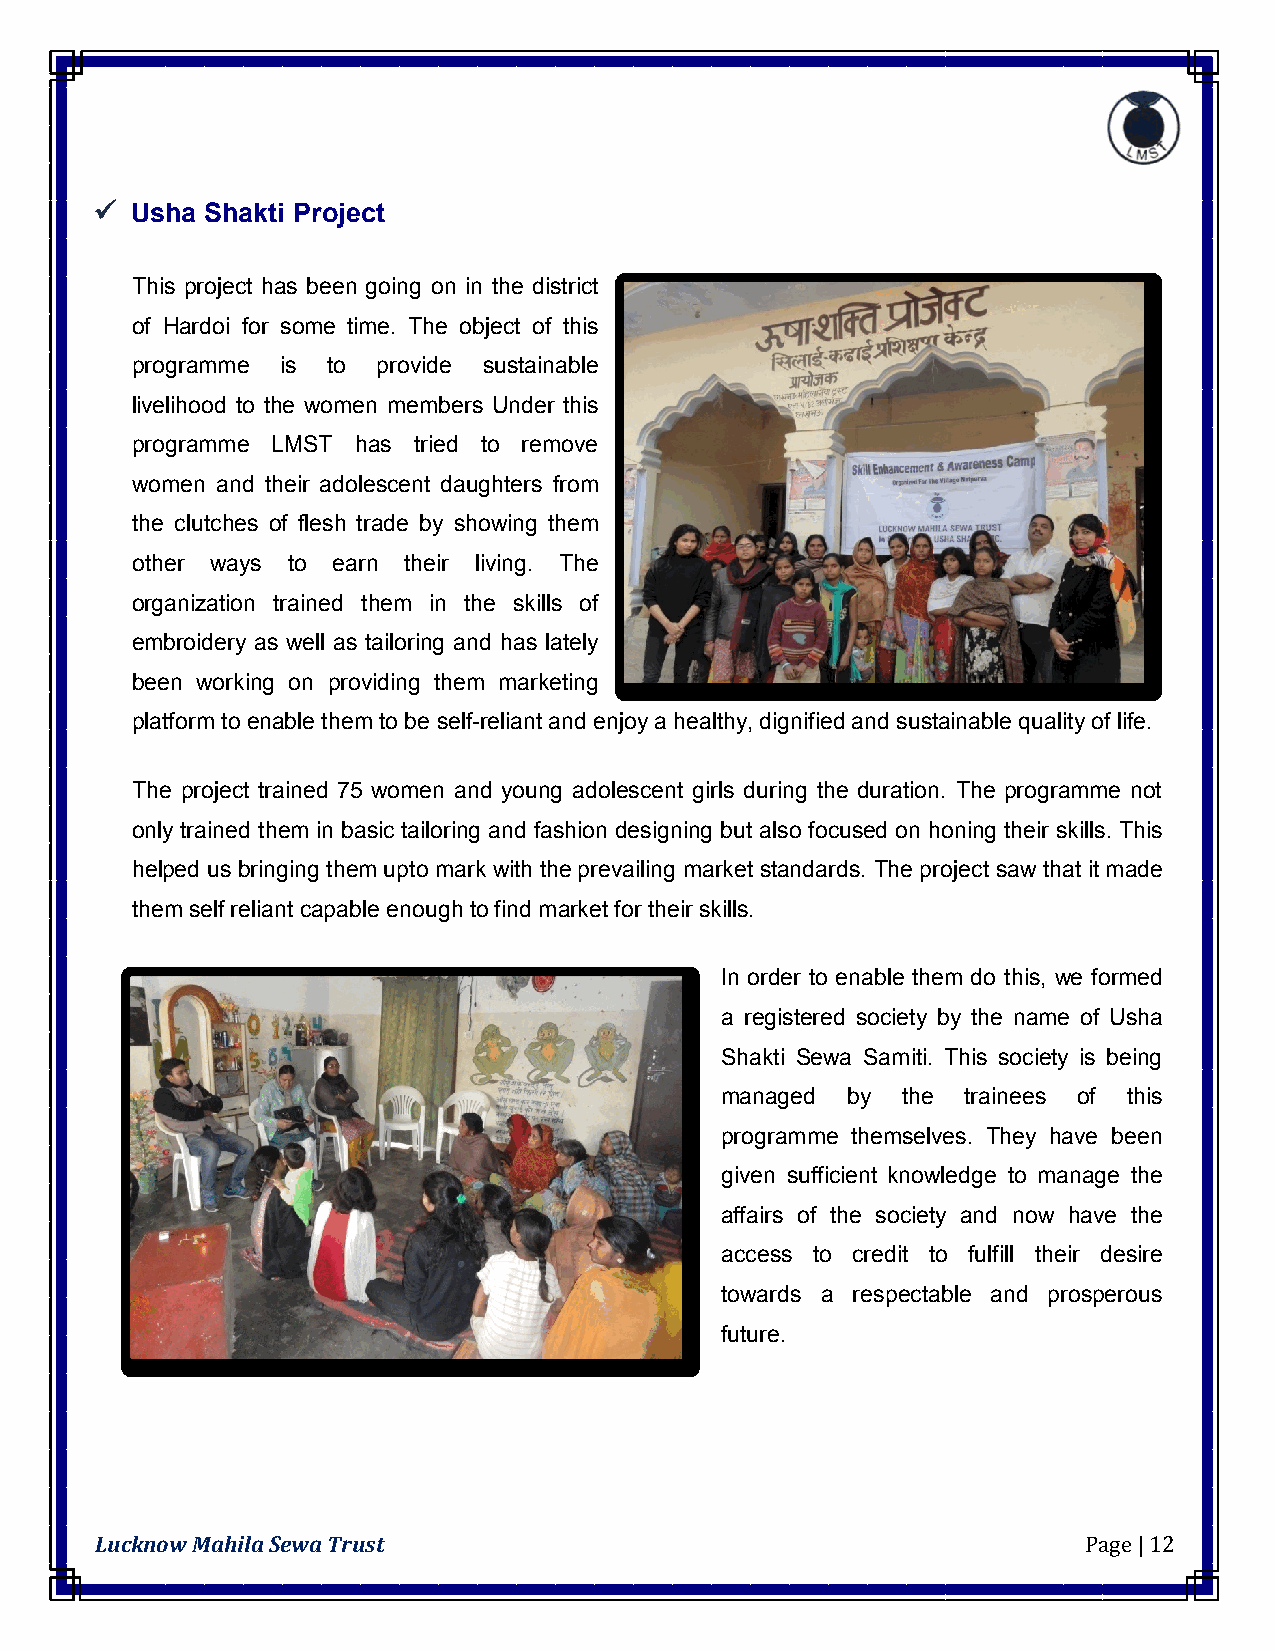
  Usha Shakti Project
 This project has been going on in the district
 of Hardoi for some time. The object of this
 programme is to provide sustainable
 livelihood to the women members Under this
 programme LMST has tried to remove
 women and their adolescent daughters from
 the clutches of flesh trade by showing them
 other ways to earn their living. The
 organization trained them in the skills of
 embroidery as well as tailoring and has lately
 been working on providing them marketing
 platform to enable them to be self-reliant and enjoy a healthy, dignified and sustainable quality of life.
 The project trained 75 women and young adolescent girls during the duration. The programme not
 only trained them in basic tailoring and fashion designing but also focused on honing their skills. This
 helped us bringing them upto mark with the prevailing market standards. The project saw that it made
 them self reliant capable enough to find market for their skills.
 In order to enable them do this, we formed
 a registered society by the name of Usha
 Shakti Sewa Samiti. This society is being
 managed by  the trainees of this
 programme themselves. They have been
 given sufficient knowledge to manage the
 affairs of the society and now have the
 access to credit to fulfill their desire
 towards a respectable and prosperous
 future.
 Lucknow Mahila Sewa Trust                                         Page | 12